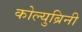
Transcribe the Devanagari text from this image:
कोल्युब्रिनी